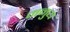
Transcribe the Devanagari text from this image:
मनुय